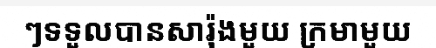
ៗទទួលបានសារ៉ុងមួយ ក្រមាមួយ